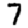
Digit: 7